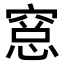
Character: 𥧁